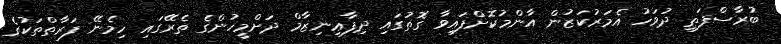
ބުރާސްފަތި ދުވަހު އެމަރުކަޒުން އާންމުކޮށްފައިވާ ގޮތުގައި ދިފާޢިނިޒާމް ދަށްމީހުންގެ ތެރޭގައި ހިމެނޭ ފަރާތްތަކުގެ